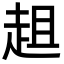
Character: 趄